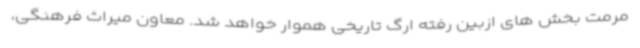
مرمت بخش های ازبین رفته ارگ تاریخی هموار خواهد شد. معاون میراث فرهنگی،